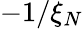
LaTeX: -1/\xi_{N}